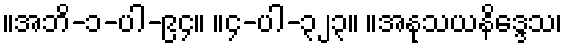
။အဘိ-၁-ပါ-၉၄။ ။၄-ပါ-၃၂၃။ ။အနုသယနိဒ္ဒေသ၊